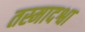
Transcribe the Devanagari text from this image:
तस्मादश्वा